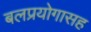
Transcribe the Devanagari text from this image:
बलप्रयोगासह